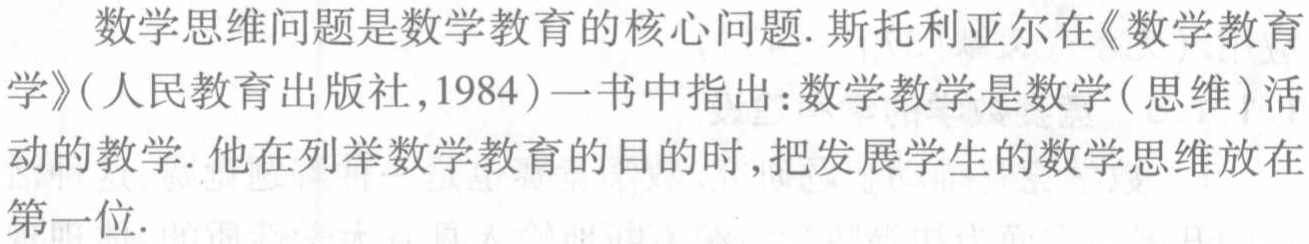
数学思维问题是数学教育的核心问题. 斯托利亚尔在《数学教育学》(人民教育出版社,1984)一书中指出：数学教学是数学(思维)活动的教学. 他在列举数学教育的目的时,把发展学生的数学思维放在第一位.